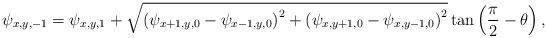
LaTeX: \begin{align*}{\psi _{x,y,-1}} = {\psi _{x,y,1}} + \sqrt {{{\left( {{\psi _{x + 1,y,0}} - {\psi _{x - 1,y,0}}} \right)}^2} + {{\left( {{\psi _{x,y + 1,0}} - {\psi _{x,y - 1,0}}} \right)}^2}} \tan \left( {\frac{\pi }{2} - \theta } \right),\end{align*}